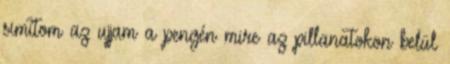
simítom az ujjam a pengén mire az pillanatokon belül